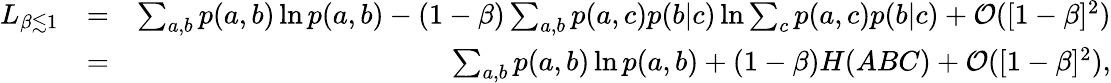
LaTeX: \begin{array}{rlr}{L_{\beta\lesssim 1}}&{=}&{\sum_{a,b}p(a,b)\ln p(a,b)-(1-\beta)\sum_{a,b}p(a,c)p(b|c)\ln\sum_{c}p(a,c)p(b|c)+{\cal O}([1-\beta]^{2})}\\ &{=}&{\sum_{a,b}p(a,b)\ln p(a,b)+(1-\beta)H(ABC)+{\cal O}([1-\beta]^{2}),}\end{array}